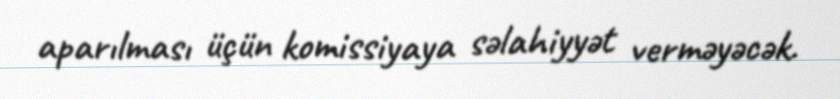
aparılması üçün komissiyaya səlahiyyət verməyəcək.